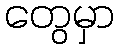
တွေမှာ